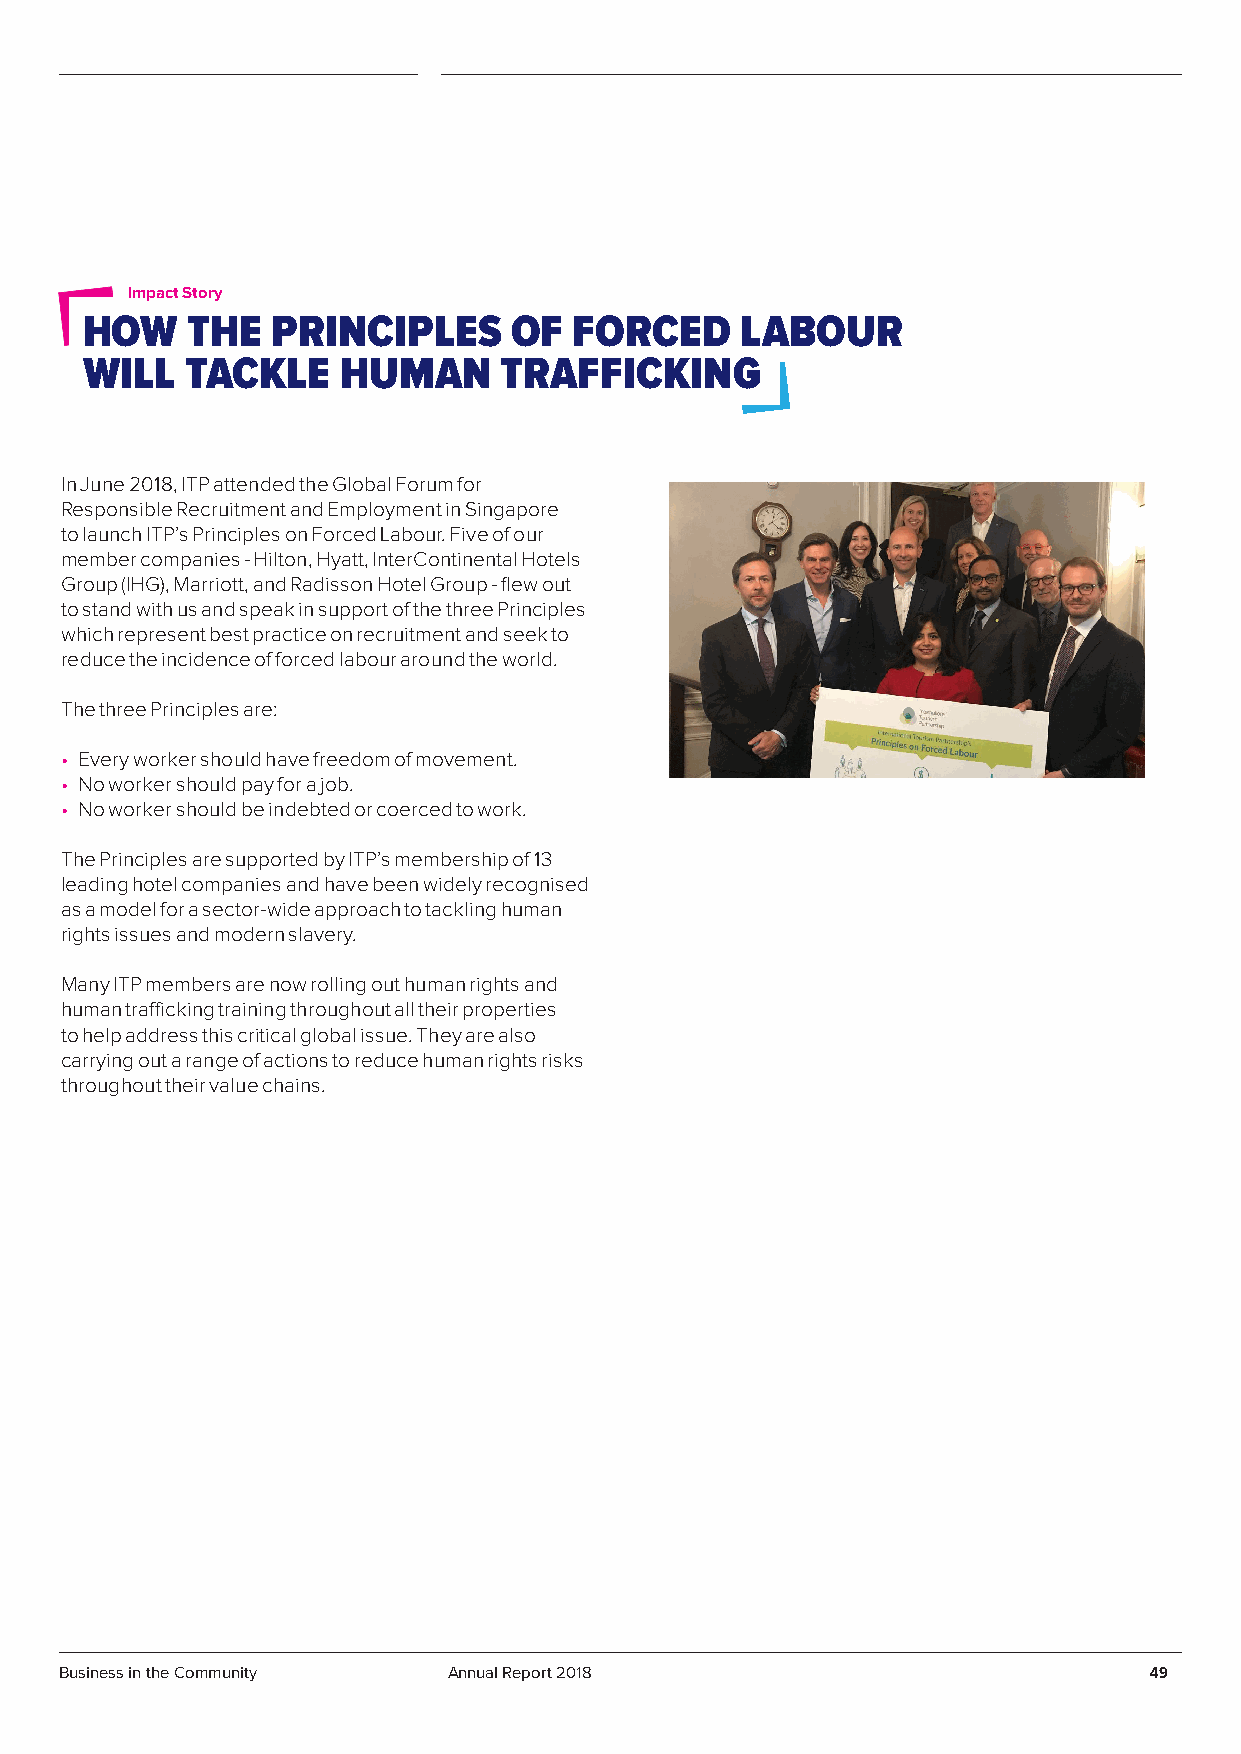
Impact Story
 HOW    THE   PRINCIPLES      OF  FORCED     LABOUR
 WILL   TACKLE    HUMAN      TRAFFICKING
 In June 2018, ITP attended the Global Forum for
 Responsible Recruitment and Employment in Singapore
 to launch ITP’s Principles on Forced Labour. Five of our
 member companies - Hilton, Hyatt, InterContinental Hotels
 Group (IHG), Marriott, and Radisson Hotel Group - flew out
 to stand with us and speak in support of the three Principles
 which represent best practice on recruitment and seek to
 reduce the incidence of forced labour around the world.
 The three Principles are:
 • Every worker should have freedom of movement.
 • No worker should pay for a job.
 • No worker should be indebted or coerced to work.
 The Principles are supported by ITP’s membership of 13
 leading hotel companies and have been widely recognised
 as a model for a sector-wide approach to tackling human
 rights issues and modern slavery.
 Many ITP members are now rolling out human rights and
 human trafficking training throughout all their properties
 to help address this critical global issue. They are also
 carrying out a range of actions to reduce human rights risks
 throughout their value chains.
 Business in the Community Annual Report 2018                            49